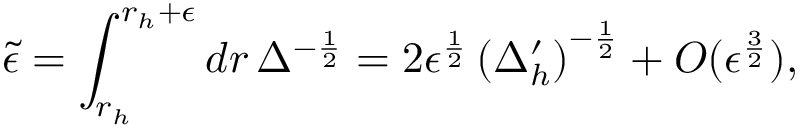
{ \tilde { \epsilon } } = \int _ { r _ { h } } ^ { r _ { h } + \epsilon } d r \, \Delta ^ { - \frac { 1 } { 2 } } = 2 \epsilon ^ { \frac { 1 } { 2 } } \left( \Delta _ { h } ^ { \prime } \right) ^ { - \frac { 1 } { 2 } } + O ( \epsilon ^ { \frac { 3 } { 2 } } ) ,